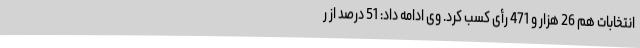
انتخابات هم 26 هزار و 471 رأی کسب کرد. وی ادامه داد: 51 درصد از ر